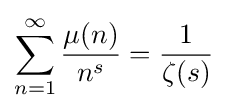
\sum _{n=1}^{\infty }{\frac {\mu (n)}{n^{s}}}={\frac {1}{\zeta (s)}}